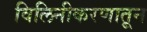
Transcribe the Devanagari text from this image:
विलिनीकरणातून